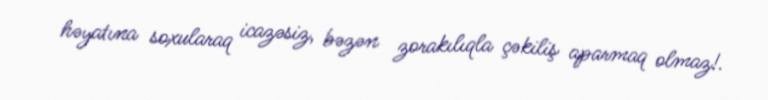
həyatına soxularaq icazəsiz, bəzən zorakılıqla çəkiliş aparmaq olmaz!.